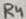
Text: R4